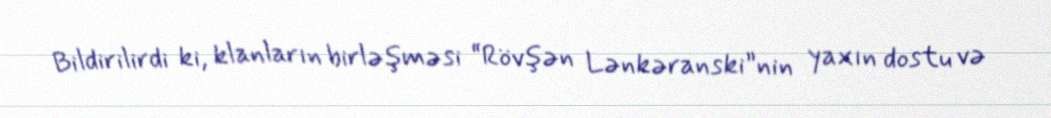
Bildirilirdi ki, klanların birləşməsi “Rövşən Lənkəranski”nin yaxın dostu və